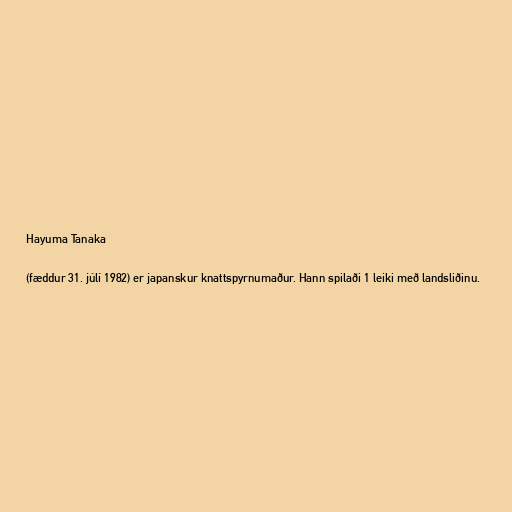
Hayuma Tanaka

(fæddur 31. júlí 1982) er japanskur knattspyrnumaður. Hann spilaði 1 leiki með landsliðinu.